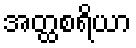
အတ္ထစရိယာ